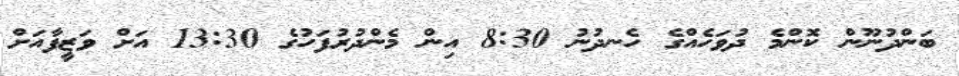
ބަންދުނޫން ކޮންމެ ދުވަހެއްގެ ހެނދުނު 8:30 އިން މެންދުރުފަހުގެ 13:30 އަށް ވަޒީފާއަށް